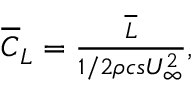
\begin{array} { r } { \overline { { C } } _ { L } = \frac { \overline { { L } } } { 1 / 2 \rho c s U _ { \infty } ^ { 2 } } , } \end{array}